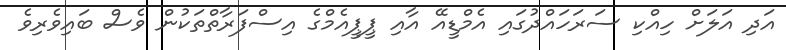
އަދި އަލަށް ހިއްކި ސަރަހައްދުގައި އެމްޑީއޭ އާއި ޕީޕީއެމްގެ އިސްފަރާތްތަކުން ވެސް ބައިވެރިވެ